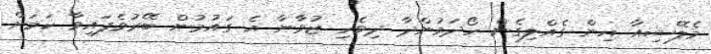
މެލޭޝިއާ އިން ގެއްލިގެން ހޯދަމުންދާ ދިވެހި ޒުވާނާ އެ ގައުމުން ބޭރުވެފައިވާ ކަމަށް